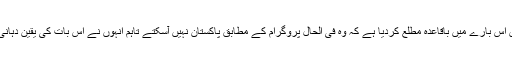
شہبازسینئر نے گفتگو کرتے ہوئے بتایا ہے کہ “پولینڈ ہاکی نے ہمیں اس بارے میں باقاعدہ مطلع کردیا ہے کہ وہ فی الحال پروگرام کے مطابق پاکستان نہیں آسکتے تاہم انہوں نے اس بات کی یقین دہانی کرائی ہے کہ ان کی ٹیم چند ماہ بعد پاکستان آکر ضرور کھیلے گی۔